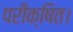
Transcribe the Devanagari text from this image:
परीक्षित।